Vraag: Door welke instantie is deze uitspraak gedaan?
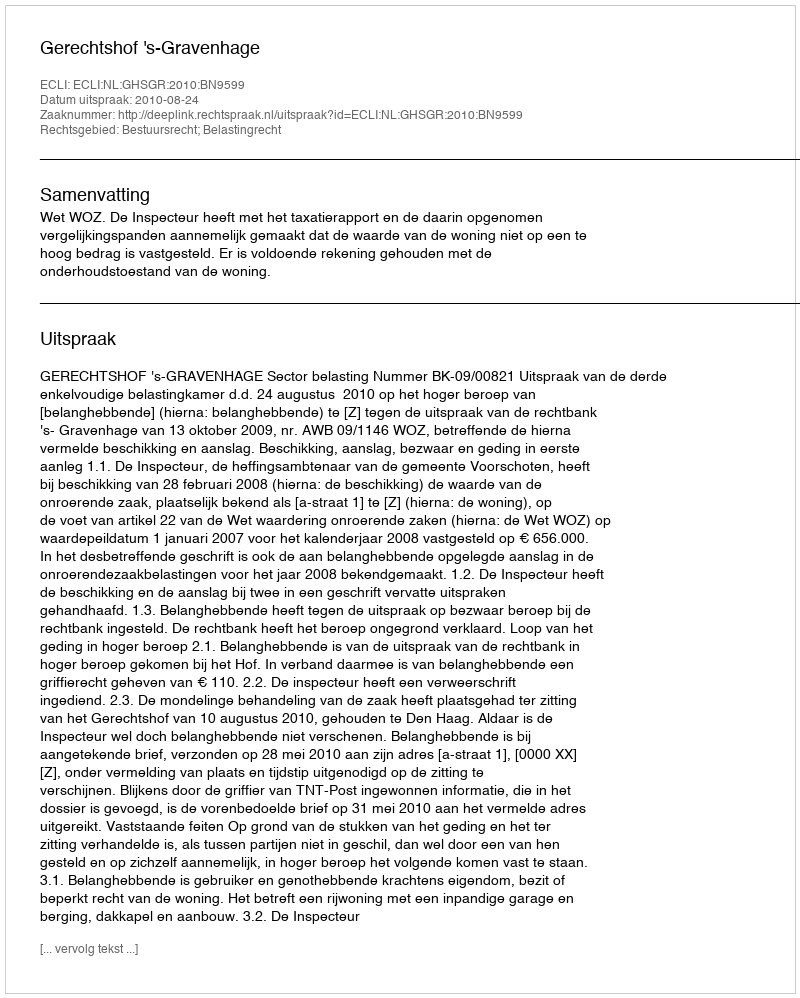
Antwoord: Gerechtshof 's-Gravenhage